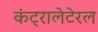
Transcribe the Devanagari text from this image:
कंट्रालेटेरल